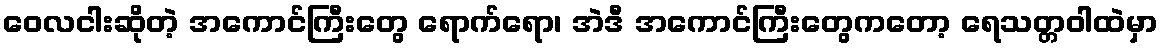
ဝေလငါးဆိုတဲ့ အကောင်ကြီးတွေ ရောက်ရော၊ အဲဒီ အကောင်ကြီးတွေကတော့ ရေသတ္တဝါထဲမှာ